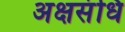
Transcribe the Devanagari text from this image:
अक्षसंधि